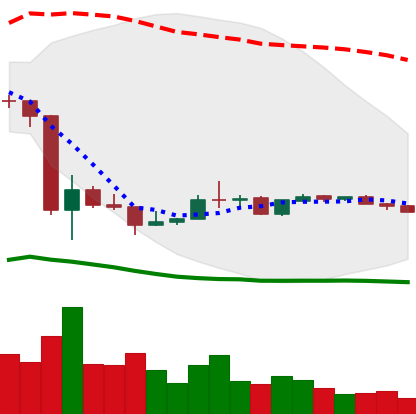
Ticker: LINK-USD
Chart end date: 2020-03-29
Forward return: 13.821%
Label: up_7plus